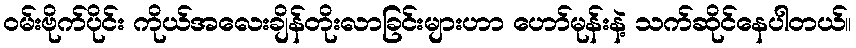
ဝမ်းဗိုက်ပိုင်း ကိုယ်အလေးချိန်တိုးလာခြင်းများဟာ ဟော်မုန်းနဲ့ သက်ဆိုင်နေပါတယ်။